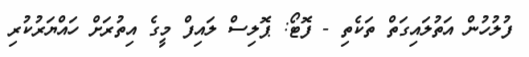
ފުލުހުން އަތުލައިގަތް ތަކެތި - ފޮޓޯ: ޕޮލިސް ލައިފް މީގެ އިތުރަށް ހައްޔަރުކުރި